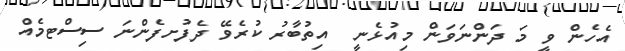
އެހެން ވީ މަ ދަންނަވަން މިއުޅެނީ  އިތުބާރު ކުރެވޭ ދެފުށފެންނަ ސިސްޓމެއް